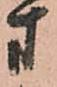
方